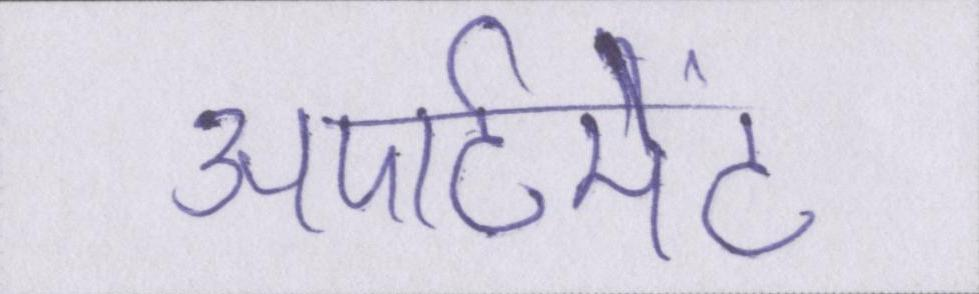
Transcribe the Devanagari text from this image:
अपार्टमेंट